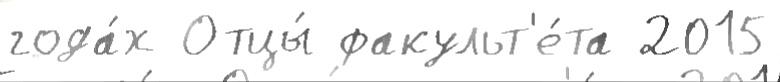
года́х Отцы́ факульт'е́та 2015